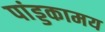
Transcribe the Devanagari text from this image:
पांड्डकामय